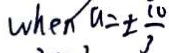
w h e n a = \pm \frac { 1 0 } { 3 }